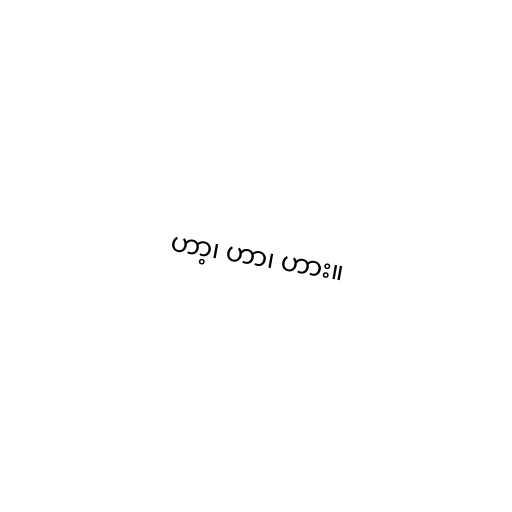
ဟာ့၊ ဟာ၊ ဟား။